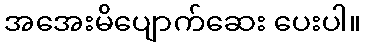
အအေးမိပျောက်ဆေး ပေးပါ။